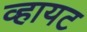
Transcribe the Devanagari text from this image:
व्हायट